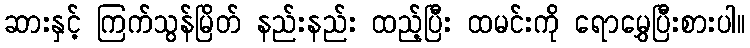
ဆားနှင့် ကြက်သွန်မြိတ် နည်းနည်း ထည့်ပြီး ထမင်းကို ရောမွှေပြီးစားပါ။